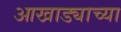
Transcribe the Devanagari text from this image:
आखाड्याच्या